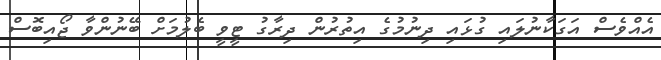
އެއްވެސް އަގަކާނުލައި ގުޅައި ދިނުމުގެ އިތުރުން ދިރާގު ޓީވީ ބެލުމަށް ބޭނުންވާ ޖޯއިބޮސް